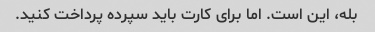
بله، این است. اما برای کارت باید سپرده پرداخت کنید.